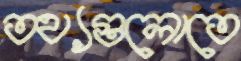
তথ্যগুলোতে